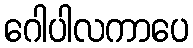
ဂေါပါလကာပေ